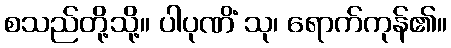
စသည်တို့သို့။ ပါပုဏိံ သု၊ ရောက်ကုန်၏။